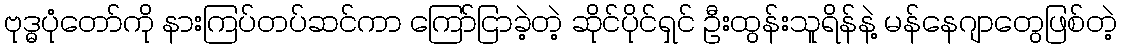
ဗုဒ္ဓပုံတော်ကို နားကြပ်တပ်ဆင်ကာ ကြော်ငြာခဲ့တဲ့ ဆိုင်ပိုင်ရှင် ဦးထွန်းသူရိန်နဲ့ မန်နေဂျာတွေဖြစ်တဲ့